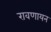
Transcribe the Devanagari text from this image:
रावणायन